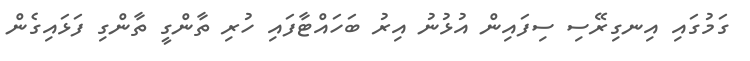
ގަމުގައި އިނގިރޭސި ސިފައިން އުޅުނު އިރު ބަހައްޓާފައި ހުރި ތާންގީ ތާންގި ފަޅައިގެން